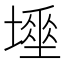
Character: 𡑊